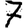
Digit: 7